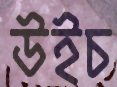
উইচ